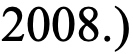
2008.)